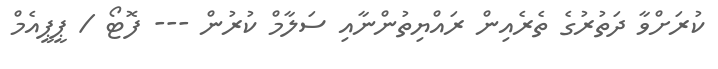
ކުރަށްވާ ދަތުރުގެ ތެރެއިން ރައްޔިތުންނާއި ސަލާމް ކުރުން --- ފޮޓޯ / ޕީޕީއެމް